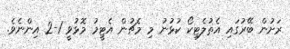
ރަށުން ބޭރުގައި އެތުލެޓިކޯ ކުޅުނު މި މެޗުން އެޓީމު މޮޅުވީ 1-2 އިންނެވެ.